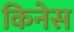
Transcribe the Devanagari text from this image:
किनेस